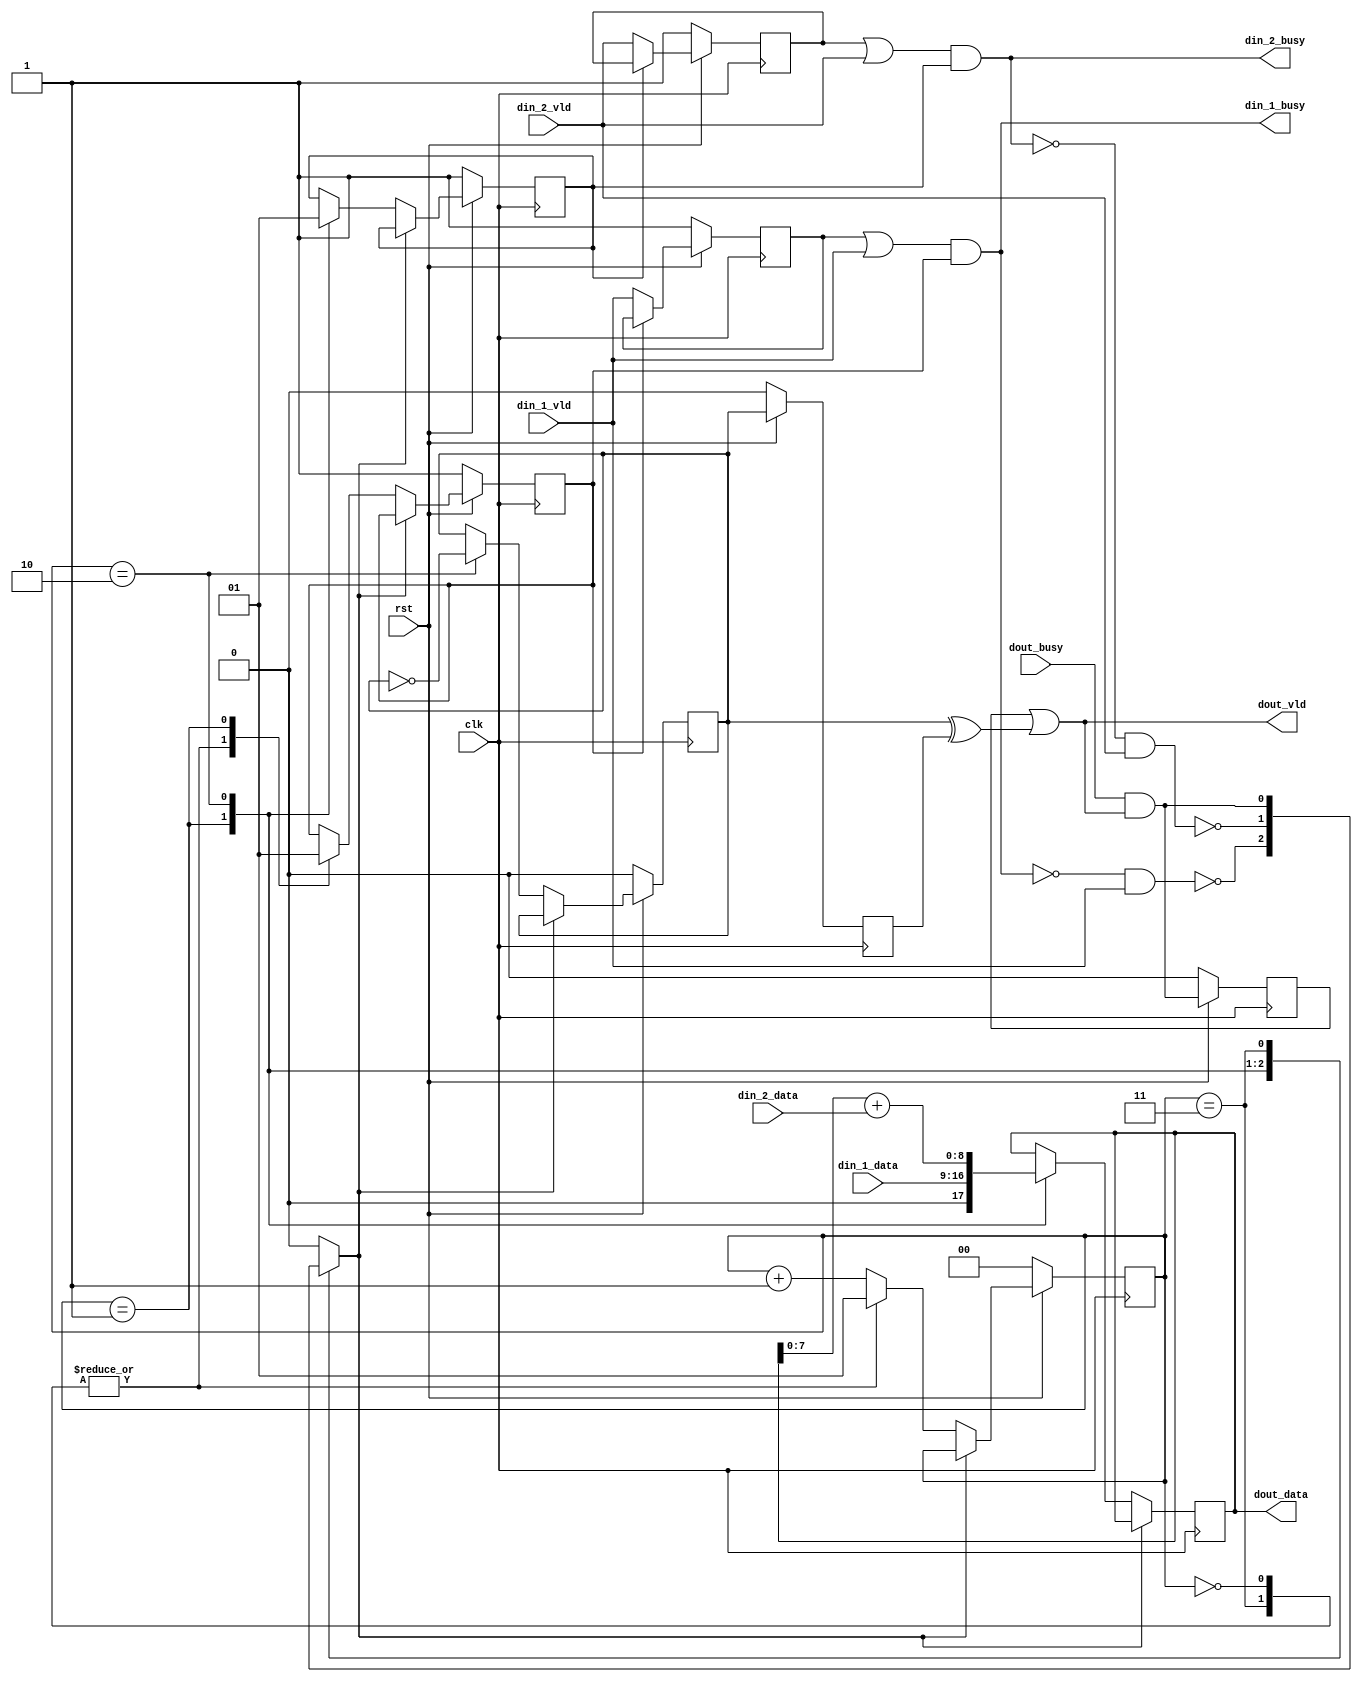
// Generated by stratus_hls 17.20-p100  (88533.190925)
// Fri Nov 20 12:05:36 2020
// from dut.cc

`timescale 1ps / 1ps

      
module dut(clk, rst, din_1_busy, din_1_vld, din_1_data, din_2_busy, din_2_vld, din_2_data, dout_busy, dout_vld, dout_data);

      input clk;
      input rst;
      input din_1_vld;
      input [7:0] din_1_data;
      input din_2_vld;
      input [7:0] din_2_data;
      input dout_busy;
      output din_1_busy;
      output din_2_busy;
      output dout_vld;
      output [8:0] dout_data;
      reg [8:0] dout_data;
      reg dout_m_req_m_prev_trig_req;
      reg dout_m_unacked_req;
      wire dut_Xor_1Ux1U_1U_4_17_out1;
      wire dut_Or_1Ux1U_1U_4_18_out1;
      reg dut_N_Muxb_1_2_0_4_2_out1;
      wire dut_And_1Ux1U_1U_4_13_out1;
      wire dut_Not_1U_1U_4_12_out1;
      reg din_2_m_unvalidated_req;
      wire dut_Or_1Ux1U_1U_4_10_out1;
      wire dut_And_1Ux1U_1U_4_11_out1;
      reg dut_N_Muxb_1_2_0_4_1_out1;
      wire dut_And_1Ux1U_1U_4_6_out1;
      wire dut_Not_1U_1U_4_5_out1;
      reg din_1_m_unvalidated_req;
      wire dut_Or_1Ux1U_1U_4_3_out1;
      wire dut_And_1Ux1U_1U_4_4_out1;
      reg[1:0] global_state_next;
      wire dut_Not_1U_1U_4_7_out1;
      wire dut_Not_1U_1U_4_14_out1;
      wire dut_And_1Ux1U_1U_4_19_out1;
      wire dut_Not_1U_1U_4_20_out1;
      reg dout_m_req_m_trig_req;
      reg din_2_m_busy_req_0;
      reg din_1_m_busy_req_0;
      wire[8:0] dut_Add_8Ux8U_9U_4_22_out1;
      reg[1:0] global_state;
      reg stall0;

         // resource: mux_9bx2i
         // resource: regr_9
         always @(posedge clk)
          begin :drive_dout_data
            if (stall0) begin
            end
            else begin
               case (global_state) 

                  2'd1: begin
                     dout_data <= {1'b0, din_1_data};
                  end
                  
                  2'd2: begin
                     dout_data <= dut_Add_8Ux8U_9U_4_22_out1;
                  end
                  
               endcase

            end
         end

         // resource: mux_1bx2i
         // resource: regr_1
         always @(posedge clk)
          begin :drive_din_1_m_busy_req_0
            if (rst == 1'b0) begin
               din_1_m_busy_req_0 <= 1'd1;
            end
            else begin
               if (stall0) begin
               end
               else begin
                  case (global_state) 

                     2'd0, 2'd3: begin
                        din_1_m_busy_req_0 <= 1'd0;
                     end
                     
                     2'd1: begin
                        din_1_m_busy_req_0 <= 1'd1;
                     end
                     
                  endcase

               end
            end
         end

         // resource: mux_1bx2i
         // resource: regr_1
         always @(posedge clk)
          begin :drive_din_2_m_busy_req_0
            if (rst == 1'b0) begin
               din_2_m_busy_req_0 <= 1'd1;
            end
            else begin
               if (stall0) begin
               end
               else begin
                  case (global_state) 

                     2'd1: begin
                        din_2_m_busy_req_0 <= 1'd0;
                     end
                     
                     2'd2: begin
                        din_2_m_busy_req_0 <= 1'd1;
                     end
                     
                  endcase

               end
            end
         end

         // resource: regr_1
         always @(posedge clk)
          begin :drive_dout_m_req_m_trig_req
            if (rst == 1'b0) begin
               dout_m_req_m_trig_req <= 1'd0;
            end
            else begin
               if (stall0) begin
               end
               else begin
                  case (global_state) 

                     2'd2: begin
                        dout_m_req_m_trig_req <= dut_Not_1U_1U_4_20_out1;
                     end
                     
                  endcase

               end
            end
         end

         // resource: mux_1bx4i
         always @(dut_Not_1U_1U_4_7_out1 or dut_Not_1U_1U_4_14_out1 or dut_And_1Ux1U_1U_4_19_out1 or global_state)
          begin :drive_stall0
            case (global_state) 

               2'd1: begin
                  stall0 = dut_Not_1U_1U_4_7_out1;
               end
               
               2'd2: begin
                  stall0 = dut_Not_1U_1U_4_14_out1;
               end
               
               2'd3: begin
                  stall0 = dut_And_1Ux1U_1U_4_19_out1;
               end
               
               default: begin
                  stall0 = 1'b0;
               end
               
            endcase

         end

         // resource: dut_Add_8Ux8U_9U_4  instance: dut_Add_8Ux8U_9U_4_22
         assign dut_Add_8Ux8U_9U_4_22_out1 = {1'b0, dout_data[7:0]} + {1'b0, din_2_data};

         // resource: regr_2
         always @(posedge clk)
          begin :drive_global_state
            if (rst == 1'b0) begin
               global_state <= 2'd0;
            end
            else begin
               if (stall0) begin
               end
               else begin
                  global_state <= global_state_next;
               end
            end
         end

         // resource: mux_2bx2i
         always @(global_state)
          begin :drive_global_state_next
            case (global_state) 

               2'd0, 2'd3: begin
                  global_state_next = 2'd1;
               end
               
               default: begin
                  global_state_next = global_state + 2'd1;
               end
               
            endcase

         end

         // thread: drive_din_1_busy
         assign din_1_busy = dut_And_1Ux1U_1U_4_4_out1;

         // resource: dut_Or_1Ux1U_1U_4  instance: dut_Or_1Ux1U_1U_4_3
         assign dut_Or_1Ux1U_1U_4_3_out1 = din_1_m_unvalidated_req | din_1_vld;

         // resource: dut_And_1Ux1U_1U_4  instance: dut_And_1Ux1U_1U_4_4
         assign dut_And_1Ux1U_1U_4_4_out1 = dut_Or_1Ux1U_1U_4_3_out1 & din_1_m_busy_req_0;

         // resource: dut_Not_1U_1U_4  instance: dut_Not_1U_1U_4_5
         assign dut_Not_1U_1U_4_5_out1 = !dut_And_1Ux1U_1U_4_4_out1;

         // resource: dut_And_1Ux1U_1U_4  instance: dut_And_1Ux1U_1U_4_6
         assign dut_And_1Ux1U_1U_4_6_out1 = dut_Not_1U_1U_4_5_out1 & din_1_vld;

         // resource: dut_Not_1U_1U_4  instance: dut_Not_1U_1U_4_7
         assign dut_Not_1U_1U_4_7_out1 = !dut_And_1Ux1U_1U_4_6_out1;

         // resource: regr_1
         always @(posedge clk)
          begin :drive_din_1_m_unvalidated_req
            if (rst == 1'b0) begin
               din_1_m_unvalidated_req <= 1'd1;
            end
            else begin
               din_1_m_unvalidated_req <= dut_N_Muxb_1_2_0_4_1_out1;
            end
         end

         // resource:dut_N_Muxb_1_2_0_4
         always @(din_1_vld or din_1_m_busy_req_0 or din_1_m_unvalidated_req)
          begin :dut_N_Muxb_1_2_0_4_1
            if (din_1_m_busy_req_0) begin
               dut_N_Muxb_1_2_0_4_1_out1 = din_1_m_unvalidated_req;
            end
            else begin
               dut_N_Muxb_1_2_0_4_1_out1 = din_1_vld;
            end
         end

         // thread: drive_din_2_busy
         assign din_2_busy = dut_And_1Ux1U_1U_4_11_out1;

         // resource: dut_Or_1Ux1U_1U_4  instance: dut_Or_1Ux1U_1U_4_10
         assign dut_Or_1Ux1U_1U_4_10_out1 = din_2_m_unvalidated_req | din_2_vld;

         // resource: dut_And_1Ux1U_1U_4  instance: dut_And_1Ux1U_1U_4_11
         assign dut_And_1Ux1U_1U_4_11_out1 = dut_Or_1Ux1U_1U_4_10_out1 & din_2_m_busy_req_0;

         // resource: dut_Not_1U_1U_4  instance: dut_Not_1U_1U_4_12
         assign dut_Not_1U_1U_4_12_out1 = !dut_And_1Ux1U_1U_4_11_out1;

         // resource: dut_And_1Ux1U_1U_4  instance: dut_And_1Ux1U_1U_4_13
         assign dut_And_1Ux1U_1U_4_13_out1 = dut_Not_1U_1U_4_12_out1 & din_2_vld;

         // resource: dut_Not_1U_1U_4  instance: dut_Not_1U_1U_4_14
         assign dut_Not_1U_1U_4_14_out1 = !dut_And_1Ux1U_1U_4_13_out1;

         // resource: regr_1
         always @(posedge clk)
          begin :drive_din_2_m_unvalidated_req
            if (rst == 1'b0) begin
               din_2_m_unvalidated_req <= 1'd1;
            end
            else begin
               din_2_m_unvalidated_req <= dut_N_Muxb_1_2_0_4_2_out1;
            end
         end

         // resource:dut_N_Muxb_1_2_0_4
         always @(din_2_vld or din_2_m_busy_req_0 or din_2_m_unvalidated_req)
          begin :dut_N_Muxb_1_2_0_4_2
            if (din_2_m_busy_req_0) begin
               dut_N_Muxb_1_2_0_4_2_out1 = din_2_m_unvalidated_req;
            end
            else begin
               dut_N_Muxb_1_2_0_4_2_out1 = din_2_vld;
            end
         end

         // thread: drive_dout_vld
         assign dout_vld = dut_Or_1Ux1U_1U_4_18_out1;

         // resource: dut_Or_1Ux1U_1U_4  instance: dut_Or_1Ux1U_1U_4_18
         assign dut_Or_1Ux1U_1U_4_18_out1 = dout_m_unacked_req | dut_Xor_1Ux1U_1U_4_17_out1;

         // resource: regr_1
         always @(posedge clk)
          begin :drive_dout_m_unacked_req
            if (rst == 1'b0) begin
               dout_m_unacked_req <= 1'd0;
            end
            else begin
               dout_m_unacked_req <= dut_And_1Ux1U_1U_4_19_out1;
            end
         end

         // resource: dut_And_1Ux1U_1U_4  instance: dut_And_1Ux1U_1U_4_19
         assign dut_And_1Ux1U_1U_4_19_out1 = dout_busy & dout_vld;

         // resource: dut_Xor_1Ux1U_1U_4  instance: dut_Xor_1Ux1U_1U_4_17
         assign dut_Xor_1Ux1U_1U_4_17_out1 = dout_m_req_m_trig_req ^ dout_m_req_m_prev_trig_req;

         // resource: regr_1
         always @(posedge clk)
          begin :drive_dout_m_req_m_prev_trig_req
            if (rst == 1'b0) begin
               dout_m_req_m_prev_trig_req <= 1'd0;
            end
            else begin
               dout_m_req_m_prev_trig_req <= dout_m_req_m_trig_req;
            end
         end

         // resource: dut_Not_1U_1U_4  instance: dut_Not_1U_1U_4_20
         assign dut_Not_1U_1U_4_20_out1 = !dout_m_req_m_trig_req;


endmodule